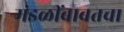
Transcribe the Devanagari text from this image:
मंडळींबाबतचा